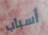
أسباب